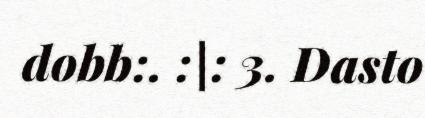
dobb:. :|: 3. Dasto